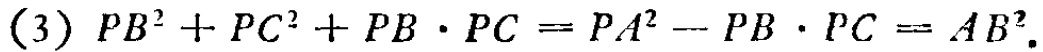
\[(3)\ PB^{2}+PC^{2}+PB\cdot PC = PA^{2}-PB\cdot PC = AB^{2}.\]